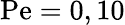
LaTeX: \mathrm{Pe}=0,10